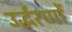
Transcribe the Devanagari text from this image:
उर्द्धरणों